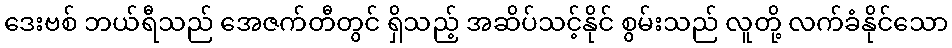
ဒေးဗစ် ဘယ်ရီသည် အေဇက်တီတွင် ရှိသည့် အဆိပ်သင့်နိုင် စွမ်းသည် လူတို့ လက်ခံနိုင်သော